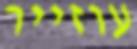
עוזייר